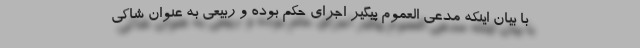
با بیان اینکه مدعی العموم پیگیر اجرای حکم بوده و ربیعی به عنوان شاکی